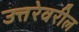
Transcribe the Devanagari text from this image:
उत्तरेवरील